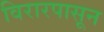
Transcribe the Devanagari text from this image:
विरारपासून